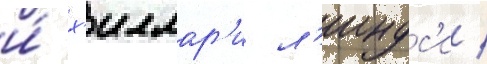
и́ х'иллар'и л'индс'и /